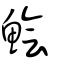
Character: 鱠